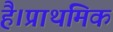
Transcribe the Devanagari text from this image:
है।प्राथमिक